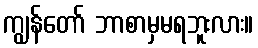
ကျွန်တော် ဘာစာမှမရဘူးလား။